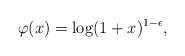
\begin{align*} \varphi(x) = \log( 1 + x)^{1-\epsilon},\end{align*}